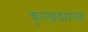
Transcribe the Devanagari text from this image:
चुनखड्यांच्या